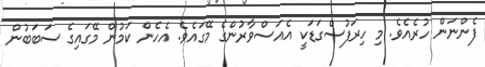
ފެންނަން ހުރެއެވެ. މި ހިރަފުސްގަޑަކީ އެއަސްވާރުންގެ މޭގައެވެ. އެހެން ކަމުން މޭގައިގެ ސަބަބުން